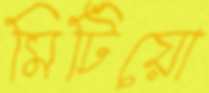
মিটিয়ো